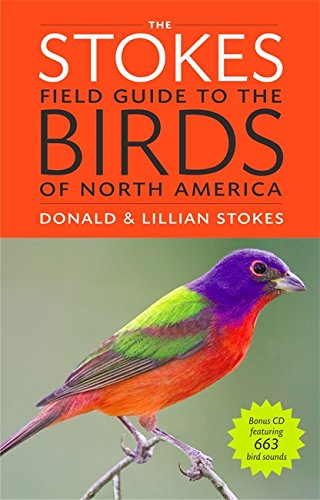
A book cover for The Stokes Field Guide to the Birds of North America (Stokes Field Guides); Donald Stokes; Science & Math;